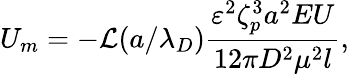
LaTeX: U_{m}=-\mathcal{L}(a/\lambda_{D})\frac{\varepsilon^{2}\zeta_{p}^{3}a^{2}EU}{12\pi D^{2}\mu^{2}l},